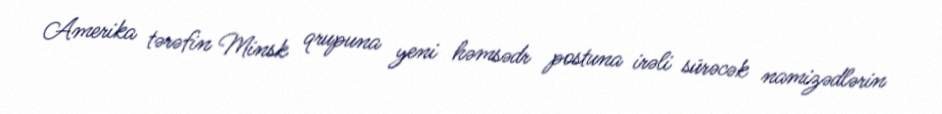
Amerika tərəfin Minsk qrupuna yeni həmsədr postuna irəli sürəcək namizədlərin